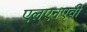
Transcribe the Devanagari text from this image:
एलएनएवी